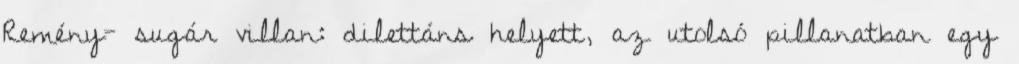
Remény- sugár villan: dilettáns helyett, az utolsó pillanatban egy